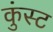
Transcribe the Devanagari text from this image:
कुंस्ट